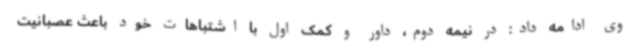
وی ادامه داد: در نیمه دوم، داور و کمک اول با اشتباهات خود باعث عصبانیت